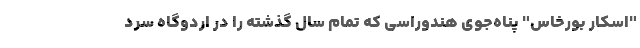
"اسکار بورخاس" پناه‌جوی هندوراسی که تمام سال گذشته را در اردوگاه سرد